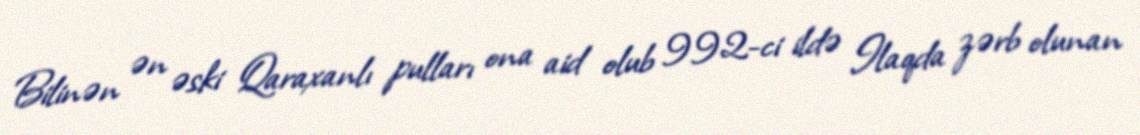
Bilinən ən əski Qaraxanlı pulları ona aid olub 992-ci ildə Ilaqda zərb olunan